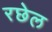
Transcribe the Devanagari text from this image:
रछेल